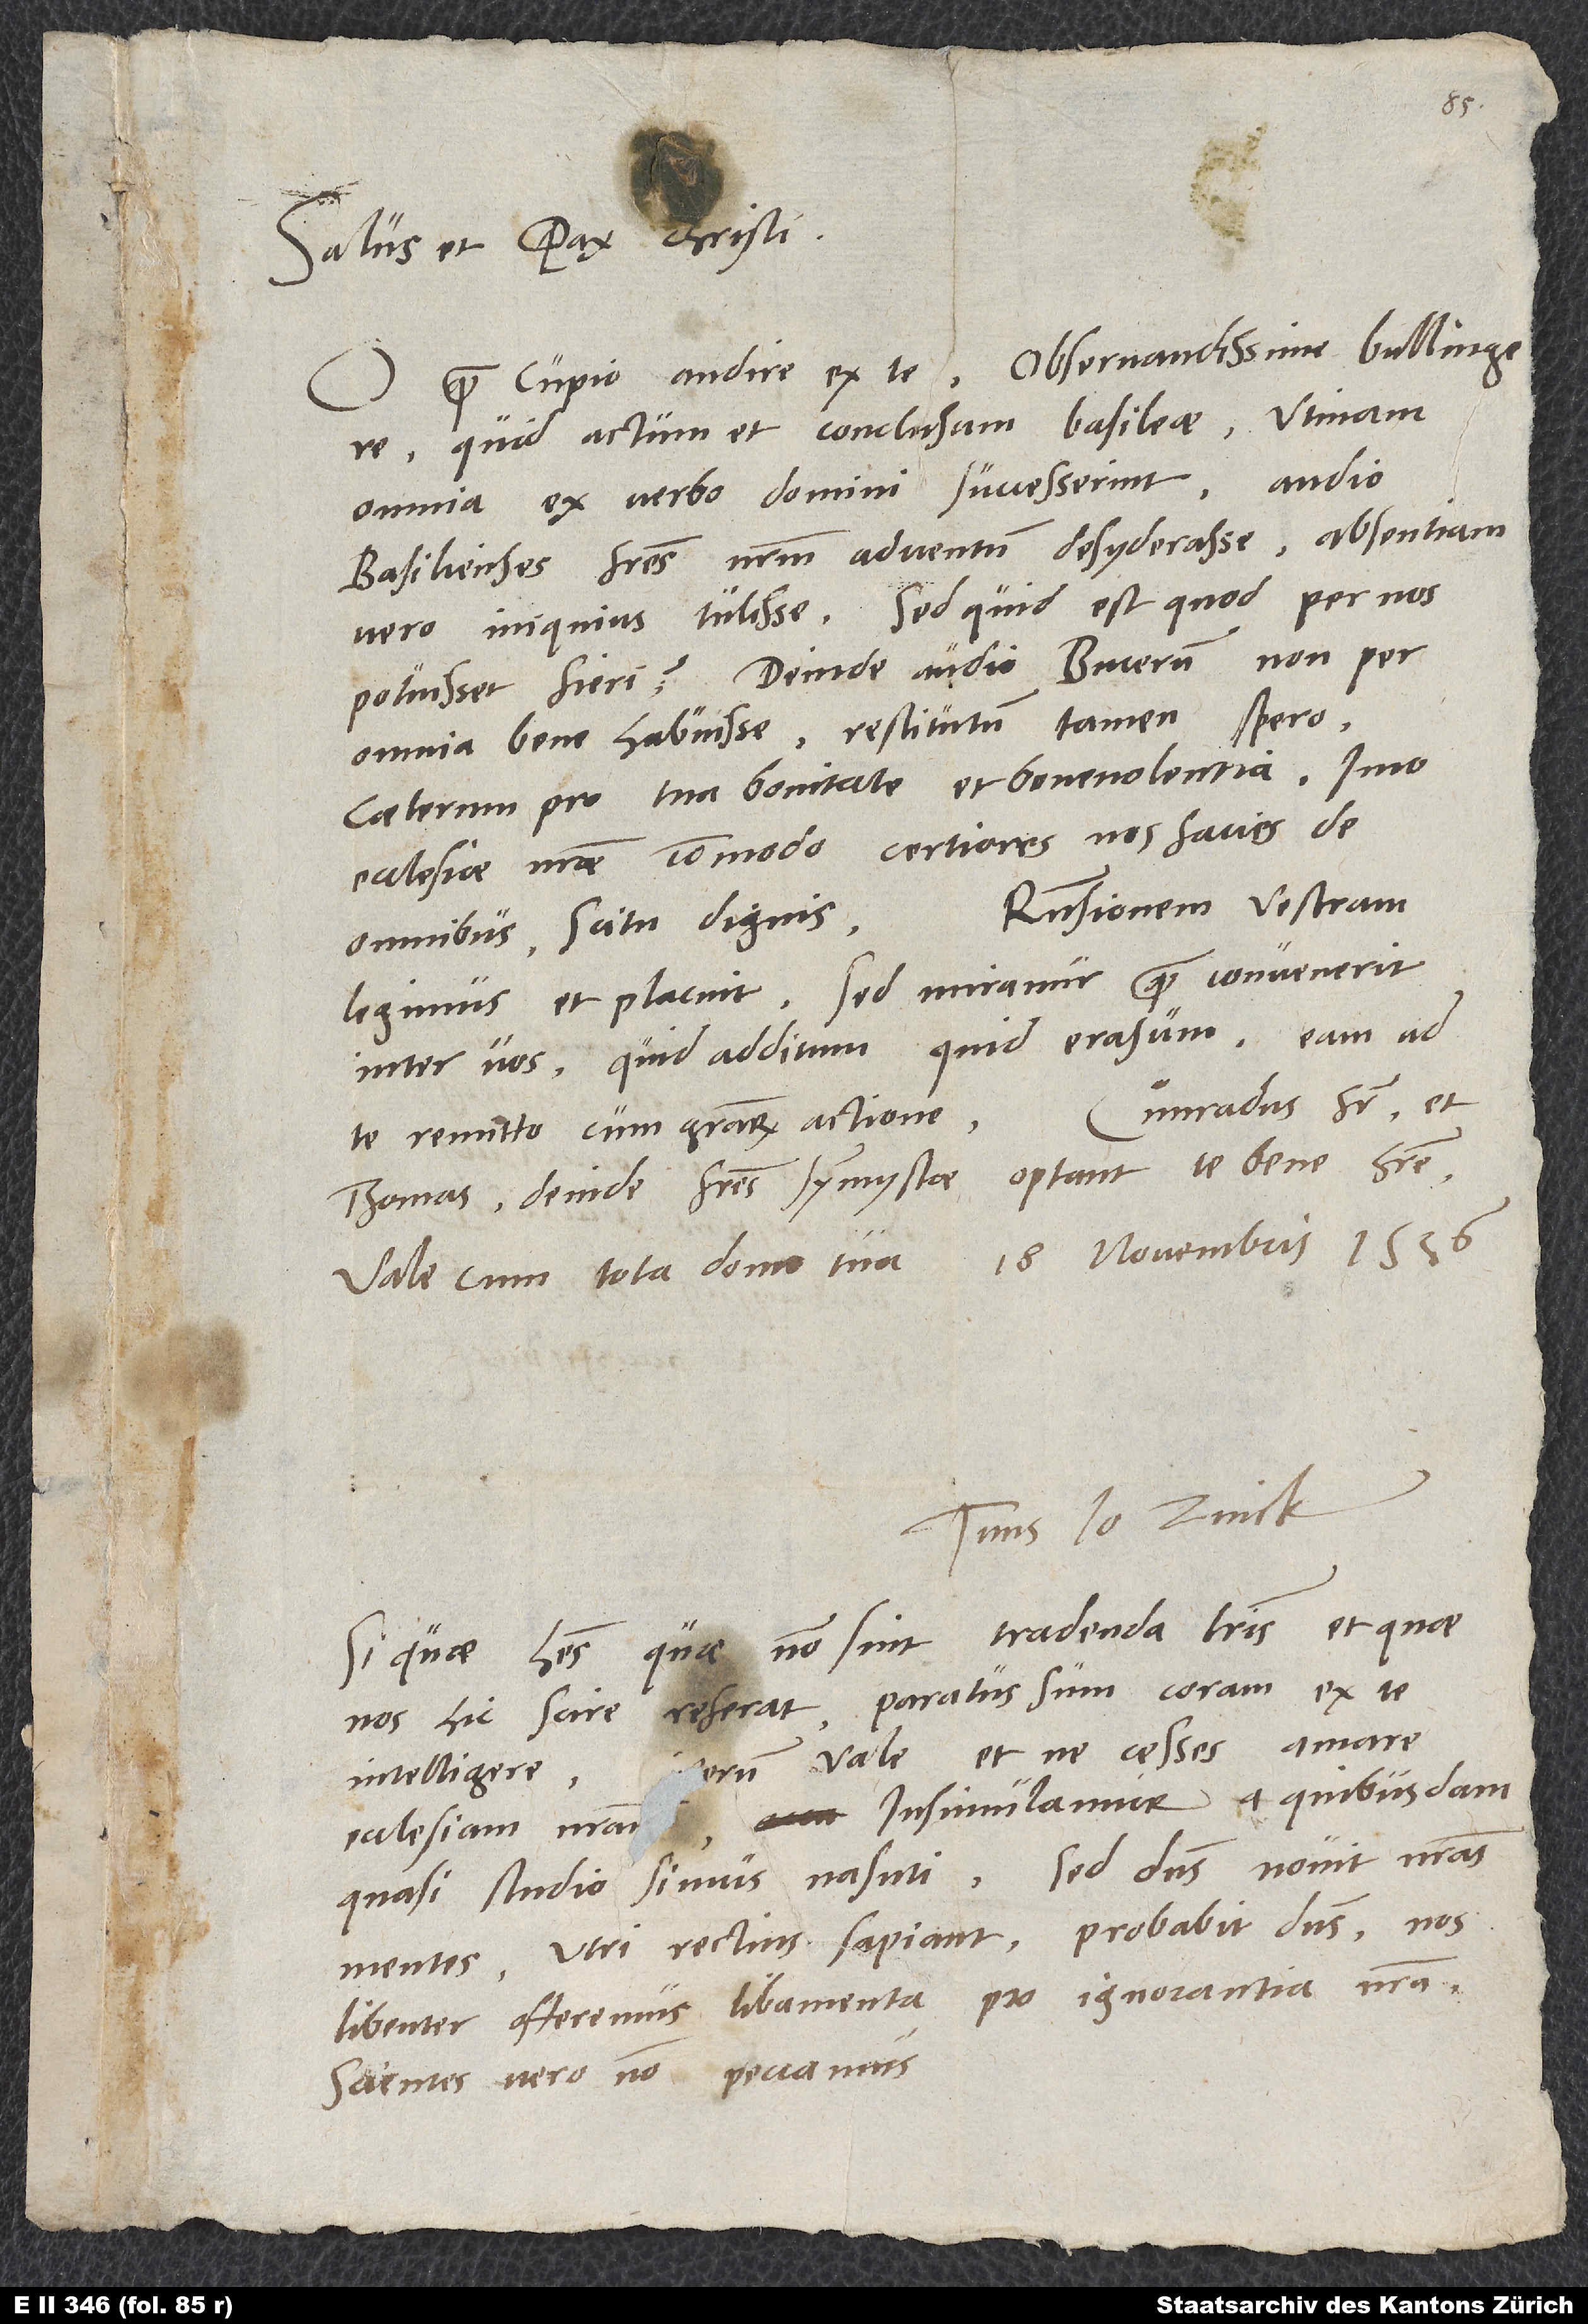
Salus et pax Christi.
O quam cupio audire ex te, observandissime Bullingere,
quid actum et conclusum Basileae! Utinam
omnia ex verbo domini successerint! Audio
Basilienses fratres nostrum adventum desyderasse, absentiam
vero iniquius tulisse. Sed quid est, quod per nos
potuisset fieri? Deinde audio Bucerum non per
omnia bene habuisse; restitutum tamen spero.
Caeterum pro tua bonitate et benevolentia, imo
ecclesiae nostrae commodo certiores nos facies de
Responsionem vestram
omnibus scitu dignis.
legimus, et placuit. Sed miramur, quam convenerit
inter vos, quid additum, quid erasum. Eam ad
Thomas, deinde fratres symmystae optant te bene habere.
Tuus Io. Zvick.
Si quae habes, quae non sint tradenda literis et quae
nos hic scire referat, paratus sum coram ex te
ecclesiam nostram. Insimulamur a quibusdam,
quasi studio simus nasuti. Sed dominus novit nostras
mentes. Utri rectius sapiant, probabit dominus. Nos
libenter offeremus libamenta pro ignorantia nostra.
Scientes vero non peccamus.